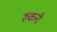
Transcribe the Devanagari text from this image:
रुकनी